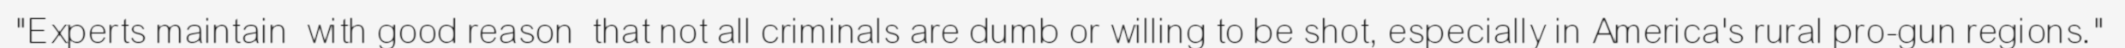
"Experts maintain  with good reason  that not all criminals are dumb or willing to be shot, especially in America's rural pro-gun regions."